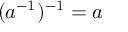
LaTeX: ( a ^ { - 1 } ) ^ { - 1 } = a